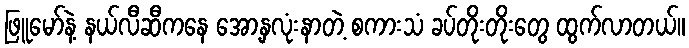
ဖြူမော်နဲ့ နယ်လီဆီကနေ အော့နှလုံးနာတဲ့ စကားသံ ခပ်တိုးတိုးတွေ ထွက်လာတယ်။